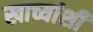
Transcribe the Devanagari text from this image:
खाच्यांशी